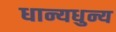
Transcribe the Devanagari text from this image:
धान्यधुन्य